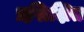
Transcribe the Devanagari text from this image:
प्रशि़क्षित